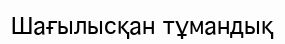
Шағылысқан тұмандық